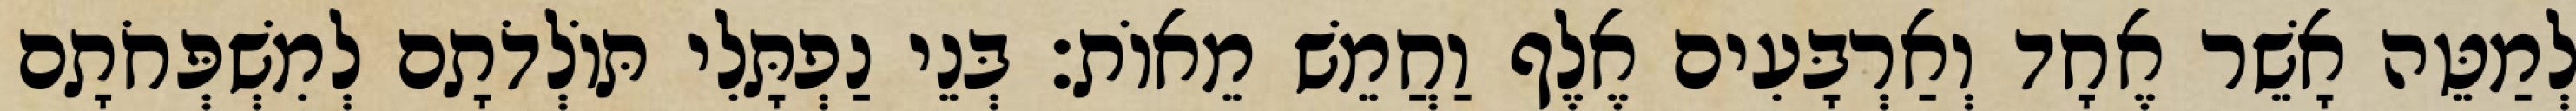
לְמַטֵּה אָשֵׁר אֶחָד וְאַרְבָּעִים אֶלֶף וַחֲמֵשׁ מֵאוֹת׃ בְּנֵי נַפְתָּלִי תּוֹלְדֹתָם לְמִשְׁפְּחֹתָם